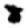
Digit: 8